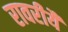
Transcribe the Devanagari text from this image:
रावरीयै